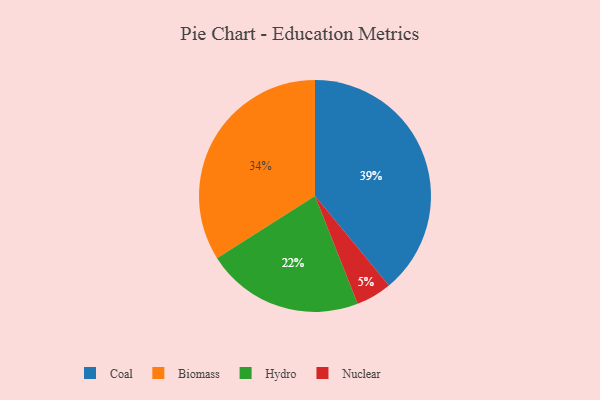
{"axis": {"x": "Category", "y": "Percentage"}, "legend": ["Biomass", "Coal", "Hydro", "Nuclear"], "data": [{"x": "Hydro", "y": 22, "type": "Hydro"}, {"x": "Coal", "y": 39, "type": "Coal"}, {"x": "Nuclear", "y": 5, "type": "Nuclear"}, {"x": "Biomass", "y": 34, "type": "Biomass"}]}